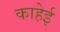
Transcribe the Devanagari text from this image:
काहेई